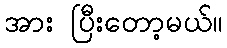
အား ပြီးတော့မယ်။